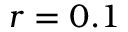
r = 0 . 1